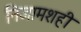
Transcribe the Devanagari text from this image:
निजामशही